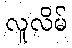
လူလိမ်